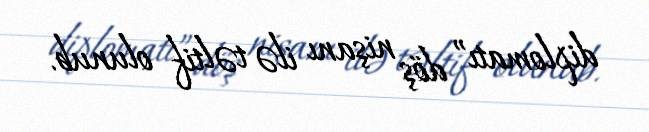
diplomatı” döş nişanı ilə təltif olunub.